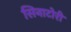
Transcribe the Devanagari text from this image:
सिनाटोरी